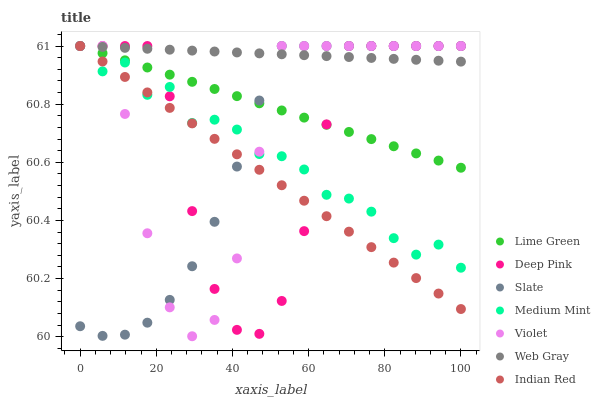
| xaxis_label | Lime Green | Deep Pink | Slate | Medium Mint | Violet | Web Gray | Indian Red |
 | --- | --- | --- | --- | --- | --- | --- | --- |
 | 0 | 61 | 61 | 60 | 61 | 61 | 61 | 61 |
 | 5.88 | 61 | 61 | 60 | 60.9 | 61 | 61 | 60.9 |
 | 11.8 | 61 | 61 | 60 | 60.9 | 60.8 | 61 | 60.9 |
 | 17.6 | 60.9 | 61 | 60 | 60.8 | 60.4 | 61 | 60.8 |
 | 23.5 | 60.9 | 60.8 | 60.1 | 60.9 | 60.1 | 61 | 60.8 |
 | 29.4 | 60.9 | 60.4 | 60.2 | 60.7 | 60 | 61 | 60.7 |
 | 35.3 | 60.9 | 60.2 | 60.4 | 60.7 | 60.1 | 61 | 60.7 |
 | 41.2 | 60.8 | 60 | 60.6 | 60.7 | 60.3 | 61 | 60.6 |
 | 47.1 | 60.8 | 60 | 60.8 | 60.6 | 60.6 | 61 | 60.6 |
 | 52.9 | 60.8 | 60.1 | 61 | 60.6 | 61 | 61 | 60.5 |
 | 58.8 | 60.8 | 60.4 | 61 | 60.6 | 61 | 61 | 60.5 |
 | 64.7 | 60.7 | 60.7 | 61 | 60.5 | 61 | 61 | 60.4 |
 | 70.6 | 60.7 | 61 | 61 | 60.5 | 61 | 61 | 60.4 |
 | 76.5 | 60.7 | 61 | 61 | 60.4 | 61 | 61 | 60.3 |
 | 82.4 | 60.7 | 61 | 61 | 60.3 | 61 | 61 | 60.3 |
 | 88.2 | 60.6 | 61 | 61 | 60.3 | 61 | 61 | 60.2 |
 | 94.1 | 60.6 | 61 | 61 | 60.3 | 61 | 60.9 | 60.1 |
 | 100 | 60.6 | 61 | 61 | 60.2 | 61 | 60.9 | 60.1 |